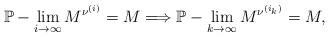
LaTeX: \begin{gather*}\mathbb{P}-\lim_{i\rightarrow\infty}{M^{\nu^{(i)}}} = M \Longrightarrow \mathbb{P}-\lim_{k\rightarrow\infty}{M^{\nu^{(i_k)}}} = M,\end{gather*}